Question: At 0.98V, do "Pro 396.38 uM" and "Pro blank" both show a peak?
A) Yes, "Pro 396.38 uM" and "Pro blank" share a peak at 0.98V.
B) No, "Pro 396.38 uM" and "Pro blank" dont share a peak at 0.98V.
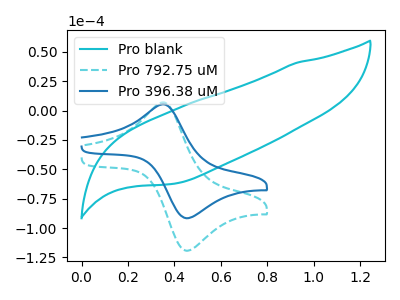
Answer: <think>The cyan curve "Pro blank" has no peaks. The cyan dashed curve "Pro 792.75 uM" has an anodic peak at (0.35V, 6.90uA) and a cathodic peak at (0.45V, -119.40uA). The blue curve "Pro 396.38 uM" has an anodic peak at (0.35V, 5.30uA) and a cathodic peak at (0.45V, -91.70uA).</think>
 <answer>B) No, "Pro 396.38 uM" and "Pro blank" dont share a peak at 0.98V.</answer>
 <eval>B</eval>